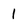
Character: 1